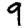
Digit: 9